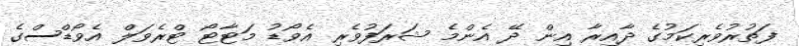
ފަތުރުވެރިކަމުގެ ދާއިރާ އިން ދޭ އެންމެ ޝަރަފުވެރި އެވޯޑު މަޓާޓޯ ޓްރެވަލް އެވޯޑްސްގެ